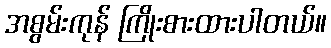
အစွမ်းကုန် ကြိုးစားထားပါတယ်။